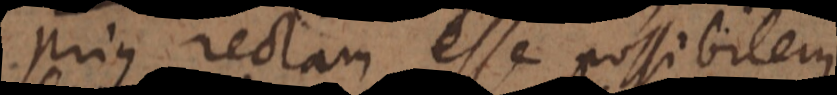
prius rectam esse possibilem.